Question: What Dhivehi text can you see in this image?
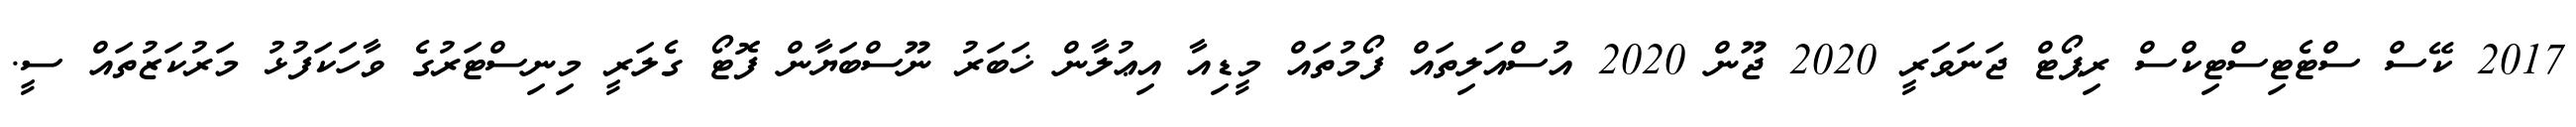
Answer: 2017 ކޭސް ސްޓެޓިސްޓިކްސް ރިޕޯޓް ޖަނަވަރީ 2020 ޖޫން 2020 އުސްއަލިތައް ފޯމުތައް މީޑިއާ އިޢުލާން ޚަބަރު ނޫސްބަޔާން ފޮޓޯ ގެލަރީ މިނިސްޓަރުގެ ވާހަކަފުޅު މަރުކަޒުތައް ސީ.